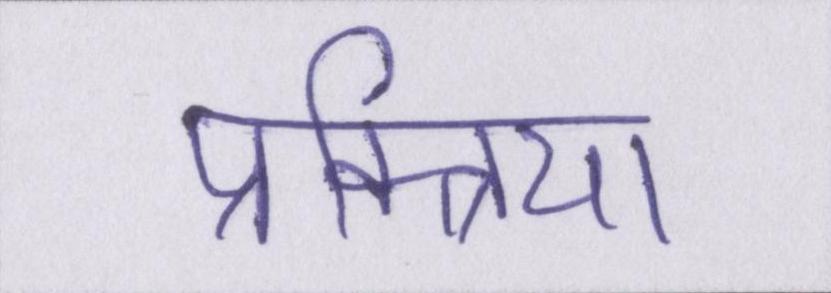
प्रक्त्रिया